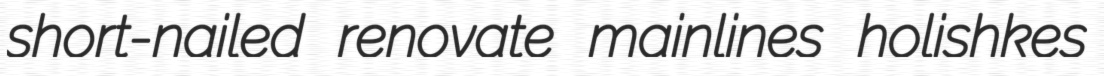
short-nailed renovate mainlines holishkes